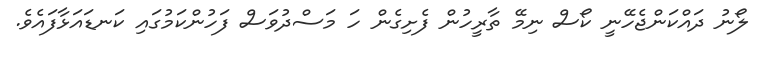
ލޯނު ދައްކަންޖެހޭނީ ކޯސް ނިމޭ ތާރީހުން ފެށިގެން ހަ މަސްދުވަސް ފަހުންކަމުގައި ކަނޑައަޅާފައެވެ.